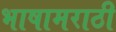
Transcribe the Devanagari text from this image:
भाषामराठी